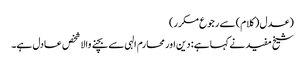
(عدل (کلام) سے رجوع مکرر)
شیخ مفید نے کہا ہے: دین اور محارم الہی سے بچنے والا شخص عادل ہے۔